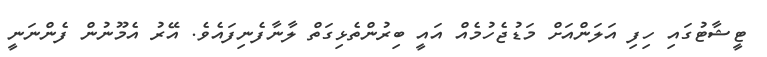
ޓީޝާޓުގައި ހިފި އަލަންއަށް މަޑުޖެހުމެއް އައީ ބިރުންތެޅިގަތް ލާނާފެނިފައެވެ. އޭރު އެމޫނުން ފެންނަނީ